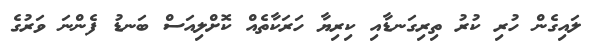
ލައިގެން ހުރި ކުރު ތިރިގަނޑާއި ކިރިޔާ ހަރަކާތެއް ކޮށްލިއަސް ބަނޑު ފެންނަ ވަރުގެ